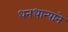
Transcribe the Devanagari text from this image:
धनधान्याने